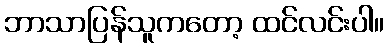
ဘာသာပြန်သူကတော့ ထင်လင်းပါ။